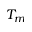
T _ { m }